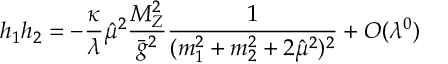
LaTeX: h _ { 1 } h _ { 2 } = - \frac { \kappa } { \lambda } \hat { \mu } ^ { 2 } \frac { M _ { Z } ^ { 2 } } { \bar { g } ^ { 2 } } \frac { 1 } { ( m _ { 1 } ^ { 2 } + m _ { 2 } ^ { 2 } + 2 \hat { \mu } ^ { 2 } ) ^ { 2 } } + O ( \lambda ^ { 0 } )